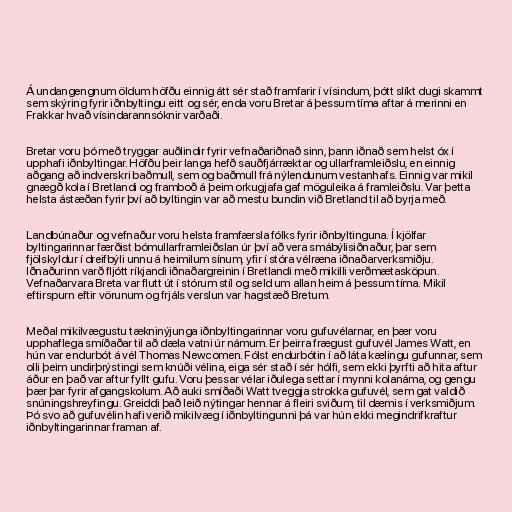
Á undangengnum öldum höfðu einnig átt sér stað framfarir í vísindum, þótt slíkt dugi skammt
sem skýring fyrir iðnbyltingu eitt og sér, enda voru Bretar á þessum tíma aftar á merinni en
Frakkar hvað vísindarannsóknir varðaði.

Bretar voru þó með tryggar auðlindir fyrir vefnaðariðnað sinn, þann iðnað sem helst óx í
upphafi iðnbyltingar. Höfðu þeir langa hefð sauðfjárræktar og ullarframleiðslu, en einnig
aðgang að indverskri baðmull, sem og baðmull frá nýlendunum vestanhafs. Einnig var mikil
gnægð kola í Bretlandi og framboð á þeim orkugjafa gaf möguleika á framleiðslu. Var þetta
helsta ástæðan fyrir því að byltingin var að mestu bundin við Bretland til að byrja með.

Landbúnaður og vefnaður voru helsta framfærsla fólks fyrir iðnbyltinguna. Í kjölfar
byltingarinnar færðist bómullarframleiðslan úr því að vera smábýlisiðnaður, þar sem
fjölskyldur í dreifbýli unnu á heimilum sínum, yfir í stóra vélræna iðnaðarverksmiðju.
Iðnaðurinn varð fljótt ríkjandi iðnaðargreinin í Bretlandi með mikilli verðmætasköpun.
Vefnaðarvara Breta var flutt út í stórum stíl og seld um allan heim á þessum tíma. Mikil
eftirspurn eftir vörunum og frjáls verslun var hagstæð Bretum.

Meðal mikilvægustu tækninýjunga iðnbyltingarinnar voru gufuvélarnar, en þær voru
upphaflega smíðaðar til að dæla vatni úr námum. Er þeirra frægust gufuvél James Watt, en
hún var endurbót á vél Thomas Newcomen. Fólst endurbótin í að láta kælingu gufunnar, sem
olli þeim undirþrýstingi sem knúði vélina, eiga sér stað í sér hólfi, sem ekki þyrfti að hita aftur
áður en það var aftur fyllt gufu. Voru þessar vélar iðulega settar í mynni kolanáma, og gengu
þær þar fyrir afgangskolum. Að auki smíðaði Watt tveggja strokka gufuvél, sem gat valdið
snúningshreyfingu. Greiddi það leið nýtingar hennar á fleiri sviðum, til dæmis í verksmiðjum.
Þó svo að gufuvélin hafi verið mikilvæg í iðnbyltingunni þá var hún ekki megindrifkraftur
iðnbyltingarinnar framan af.